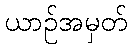
ယာဉ်အမှတ်